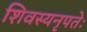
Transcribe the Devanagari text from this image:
शिवस्यनृपतेः